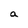
Character: a